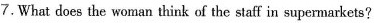
7.What does the woman think of the staff in supermarkets?